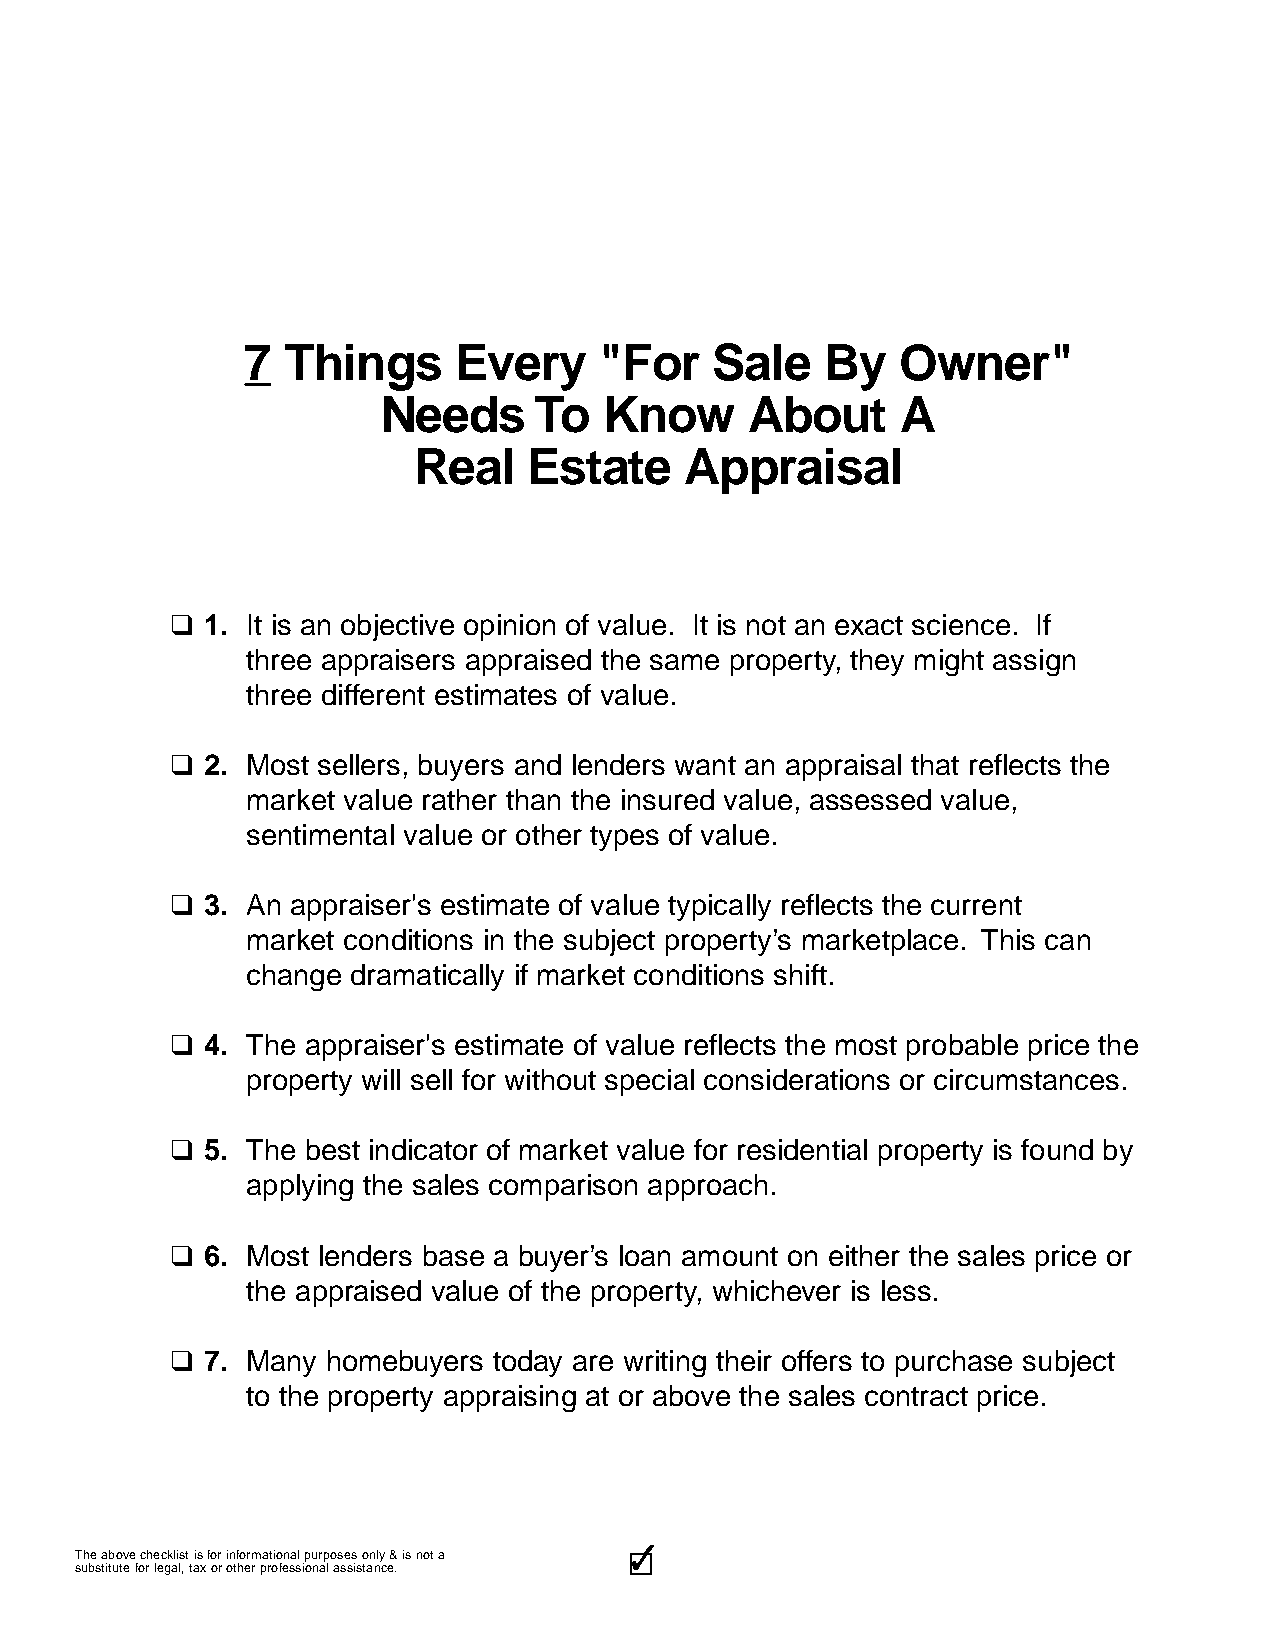
7  Things     Every     "For   Sale    By   Owner"
 Needs     To   Know      About     A
 Real    Estate    Appraisal
 q  1. It is an objective opinion of value. It is not an exact science. If
 three appraisers appraised the same property, they might assign
 three different estimates of value.
 q  2. Most sellers, buyers and lenders want an appraisal that reflects the
 market value rather than the insured value, assessed value,
 sentimental value or other types of value.
 q  3. An appraiser's estimate of value typically reflects the current
 market conditions in the subject property’s marketplace. This can
 change dramatically if market conditions shift.
 q  4. The appraiser's estimate of value reflects the most probable price the
 property will sell for without special considerations or circumstances.
 q  5. The best indicator of market value for residential property is found by
 applying the sales comparison approach.
 q  6. Most lenders base a buyer’s loan amount on either the sales price or
 the appraised value of the property, whichever is less.
 q  7. Many homebuyers today are writing their offers to purchase subject
 to the property appraising at or above the sales contract price.
 3333333333
 The above checklist is for informational purposes only & is not a
 substitute for legal, tax or other professional assistance.